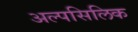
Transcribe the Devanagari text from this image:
अल्पसिलिक